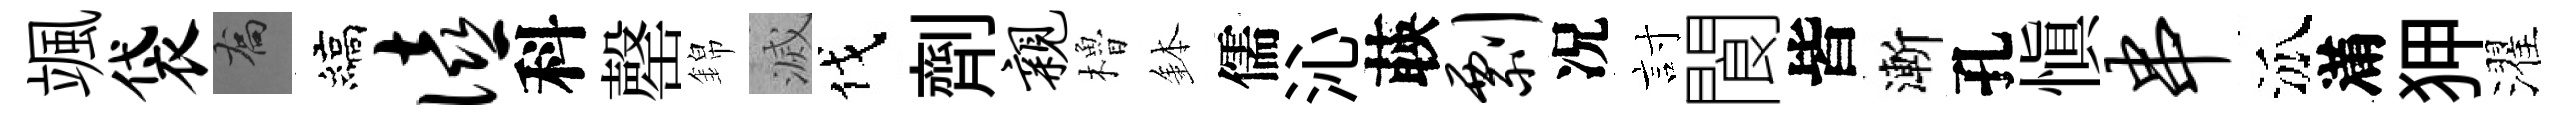
颯袋喬縞僖科罄錦滅伐劑亲櫓鉢儒沁𦴤剽况討閬皆漸孔慎串泒滿狎濯